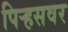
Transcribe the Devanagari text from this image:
पिर्‍हसवर